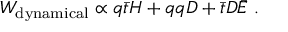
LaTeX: W _ { \mathrm { d y n a m i c a l } } \propto q \bar { t } H + q q D + \bar { t } D \bar { E } \ .